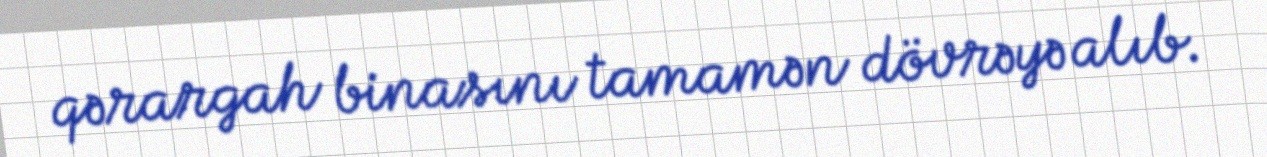
qərargah binasını tamamən dövrəyə alıb.